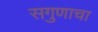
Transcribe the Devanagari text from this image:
सगुणाचा